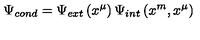
\Psi _ { c o n d } = \Psi _ { e x t } \left( x ^ { \mu } \right) \Psi _ { i n t } \left( x ^ { m } , x ^ { \mu } \right)